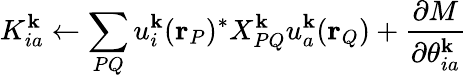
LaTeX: K_{ia}^{\mathbf{k}}\leftarrow\sum_{PQ}u_{i}^{\mathbf{k}}(\mathbf{r}_{P})^{*}X_{PQ}^{\mathbf{k}}u_{a}^{\mathbf{k}}(\mathbf{r}_{Q})+\frac{\partial M}{\partial\theta_{ia}^{\mathbf{k}}}